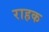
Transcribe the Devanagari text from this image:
राहक